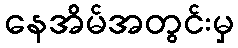
နေအိမ်အတွင်းမှ